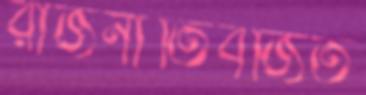
রাজনীতিবর্জিত